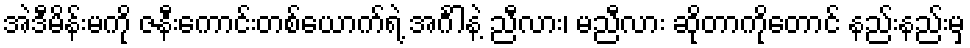
အဲဒီမိန်းမကို ဇနီးကောင်းတစ်ယောက်ရဲ့ အင်္ဂါနဲ့ ညီလား၊ မညီလား ဆိုတာကိုတောင် နည်းနည်းမှ